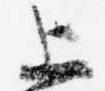
上